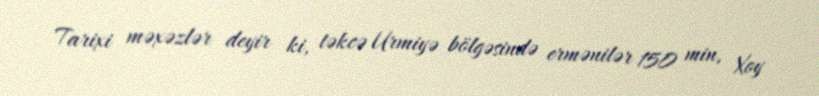
Tarixi məxəzlər deyir ki, təkcə Urmiyə bölgəsində ermənilər 150 min, Xoy